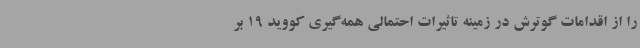
را از اقدامات گوترش در زمینه تاثیرات احتمالی همه‌گیری کووید 19 بر